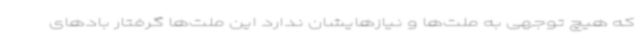
که هیچ توجهی به ملت‌ها و نیازهایشان ندارد این ملت‌ها گرفتار بادهای